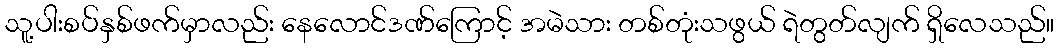
သူ့ပါးစပ်နှစ်ဖက်မှာလည်း နေလောင်ဒဏ်ကြောင့် အမဲသား တစ်တုံးသဖွယ် ရဲတွတ်လျက် ရှိလေသည်။